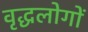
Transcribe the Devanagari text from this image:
वृद्धलोगों